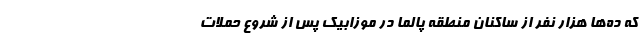
که ده‌ها هزار نفر از ساکنان منطقه پالما در موزابیک پس از شروع حملات